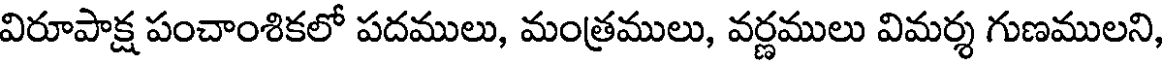
విరూపాక్ష పంచాంశికలో పదములు, మంత్రములు, వర్ణములు విమర్శ గుణములని,